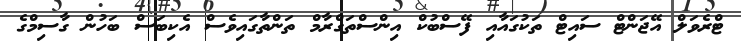
ޓްރެވަލް އޭޖަންޓް ސައިޓް ތަކުގައާއި ފޭސްބުކް އިންސްތަގްރާމް ތަންތާގައިވެސް އެކިބަސް ބަހުން ގާސިމްގެ